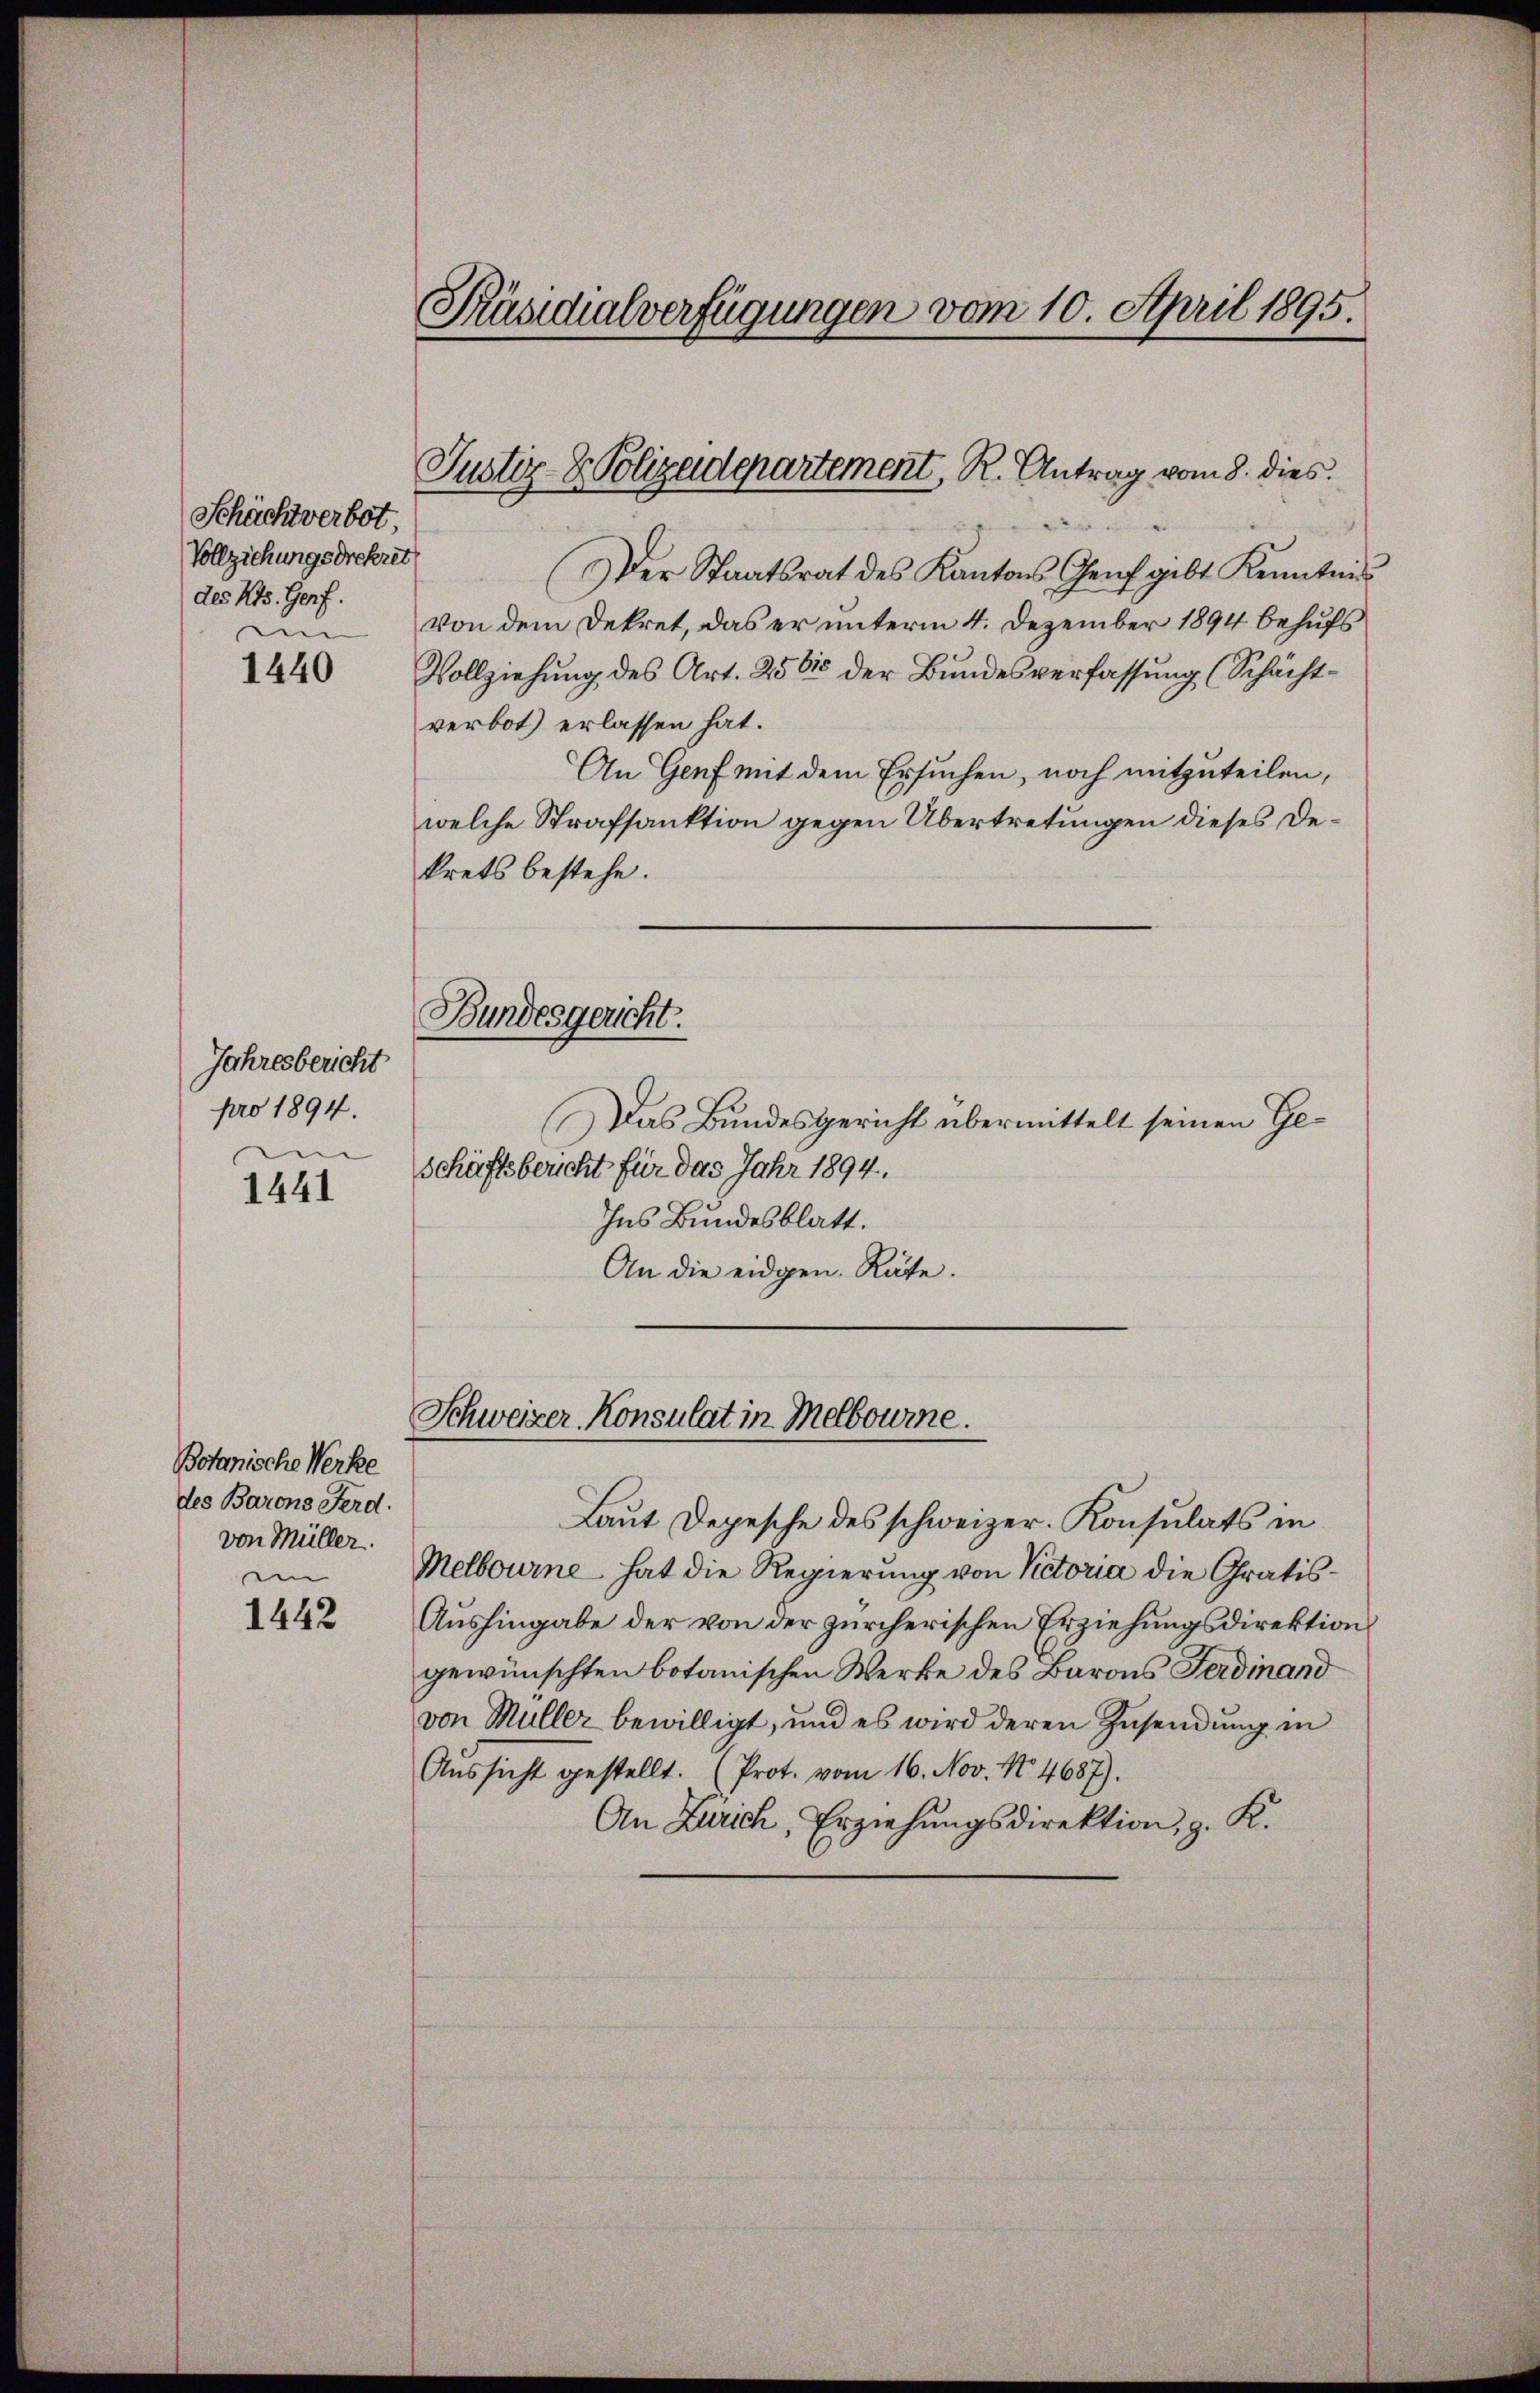
Präsidialverfügungen vom 10. April 1895.

Justiz- & Polizeidepartement, R. Antrag vom 8. dies

Der Staatsrat des Kantons Genf gibt Kenntnis
von dem Dekret, das er unterm 4. Dezember 1894 behufs
Vollziehung des Art. 2581 der Bundesverfassung (Schächtverbot erlassen hat.
An Genf mit dem Ersuchen, noch mitzuteilen,
welche Strafsanktion gegen Übertretungen dieses Dekrets bestehe.
Bundesgericht.
Das Bundesgericht übermittelt seinen Geschäftsbericht für das Jahr 1894.
Ins Bundesblatt.
An die eidgen. Räte.

Schächtverbot,
Vollziehungsdrekret
des Kts. Genf.
n

1440

Jahresbericht
pro 1894.

1441

Schweizer Konsulat in Melbourne.

Botanische Werke
des Barons Ferd.
von Müller.
i

Laut Depesche des schweizer. Konsulats in
Melbourne hat die Regierung von Victoria die Gratis¬
Aushingabe der von der zürcherischen Erziehungsdirektion
gewünschten botanischen Werke des Barons Ferdinand
von Müller bewilligt, und es wird deren Zusendung in
Aŭssicht gestellt. (Prot. vom 16. Nov. 14687).
An Zürich, Erziehŭngsdirektion, z. K.

1442